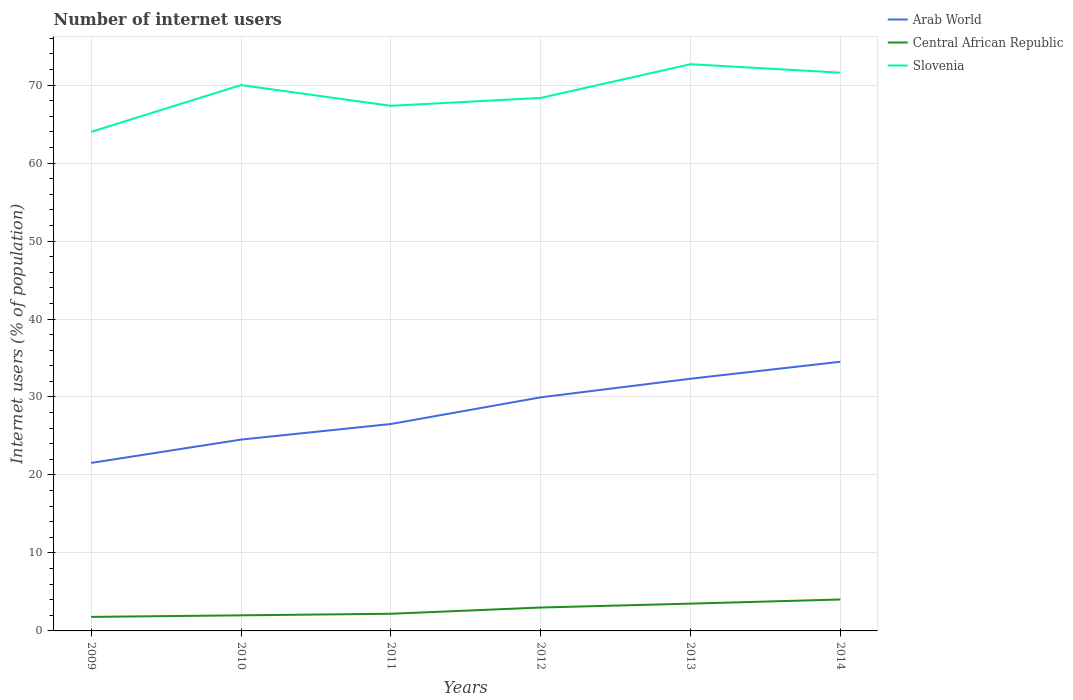
| Years | Arab World | Central African Republic | Slovenia |
 | --- | --- | --- | --- |
 | 2009 | 21.5 | 1.8 | 64 |
 | 2010 | 24.5 | 2 | 70 |
 | 2011 | 26.5 | 2.2 | 67.3 |
 | 2012 | 30 | 3 | 68.3 |
 | 2013 | 32.3 | 3.5 | 72.7 |
 | 2014 | 34.5 | 4.03 | 71.6 |